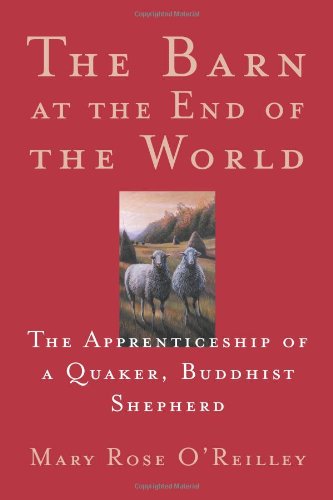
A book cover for The Barn at the End of the World: The Apprenticeship of a Quaker, Buddhist Shepherd; Mary Rose O'Reilley; Christian Books & Bibles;